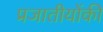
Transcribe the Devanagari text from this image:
प्रजातीयोंकी